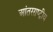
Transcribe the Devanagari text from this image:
आंतरराष्‍ट्रीय